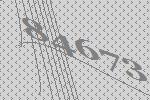
84673